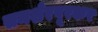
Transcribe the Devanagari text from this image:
समशेरपूरकर